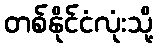
တစ်နိုင်ငံလုံးသို့